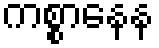
ကစ္စာနေန